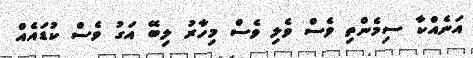
އަނެއްކާ ސިމެންތި ވެސް ވެލި ވެސް މިހާރު ލިބޭ އަގު ވެސް ކުޑައެއް